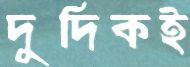
দুদিকই